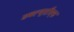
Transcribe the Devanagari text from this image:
डबल्यूसीएफ